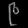
Digit: ၉